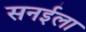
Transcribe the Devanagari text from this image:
सनईला